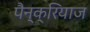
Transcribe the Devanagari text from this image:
पैन्क्रियाज